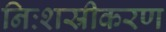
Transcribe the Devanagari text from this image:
निःशस्रीकरण